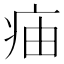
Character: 㾄